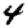
Digit: 4